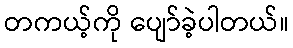
တကယ့်ကို ပျော်ခဲ့ပါတယ်။